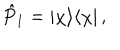
LaTeX: \hat { P } _ { 1 } = | \chi \rangle \langle \chi | \, ,